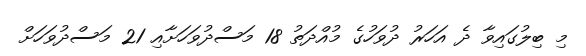
މި ބިލުގައިވާ ދެ އަހަރު ދުވަހުގެ މުއްދަތު 18 މަސްދުވަހަށާއި 21 މަސްދުވަހަށް